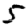
Digit: 5